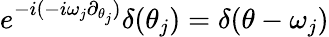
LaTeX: e^{-i(-i\omega_{j}\partial_{\theta_{j}})}\delta(\theta_{j})=\delta(\theta-\omega_{j})